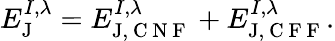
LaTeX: E_{\textrm{J}}^{I,\lambda}=E_{\textrm{J},\mathrm{~C~N~F~}}^{I,\lambda}+E_{\textrm{J},\mathrm{~C~F~F~}}^{I,\lambda}.